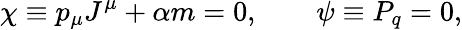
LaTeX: \chi\equiv p_{\mu}J^{\mu}+\alpha m=0,\qquad\psi\equiv P_{q}=0,